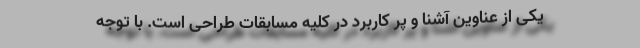
یکی از عناوین آشنا و پر کاربرد در کلیه مسابقات طراحی است. با توجه